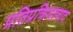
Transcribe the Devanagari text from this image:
प्रतिप्रक्रियावाद